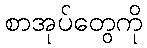
စာအုပ်တွေကို